Reports on military cantonments and civil stations in the Presidency of Bombay inspected by the Sanitary Commissioner in the years 1875 and 1876
Year: 1875
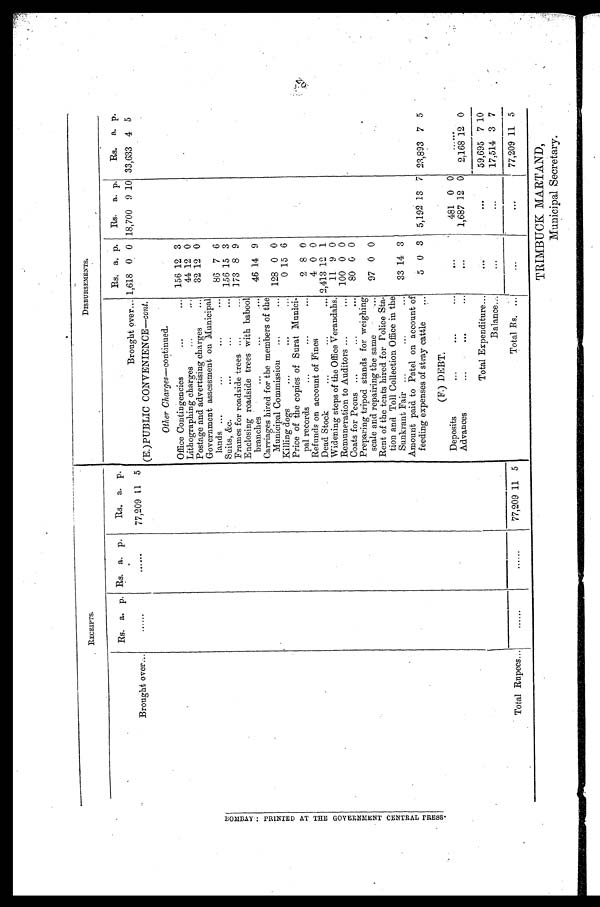
RECEIPTS.
DISBURSEMENTS.
Rs. a. p. Rs. a. p.
Rs. a. p.
Rs. a. p.
Rs.
a. p.
Rs. a. p.
Brought over...
. . . . . .
. . . . . .
77,209 11 5
Brought over... 1,618 0 0 18,700 9 10 33,633 4 5
(E)PUBLIC CONVENIENCE—cont.
Other Charges—continued.
Office Contingencies
...
... 156 12 3
Lithographing charges... ...
44 12 0
Postage and advertising charges
...
32 12 0
Government assessment on Municipal
lands ...
...
...
86 7 6
Suits, &c.
...
...
... 156 15 3
Frames for roadside trees ...
... 173 8 9
Enclosing roadside trees with babool
branches
... ... ... ...
46 14 9
Carriages hired for the members of the
Municipal Commission
. . .
128 0 0
Killing dogs
...
0 15 6
Price of the copies of Surat Munic
-
pal records...
...
2 8 0
Refunds on account of Fines
Dead Stock... ...
4
2,413
0
12
0
1
Widening steps of the Office Verandahs.
11 9 0
Remuneration to Auditors ...
...
100 0 0
Coats for Peons ...
80 0 0
Preparing tripod stands for weighing
scale and repairing the same
...
97 0 0
Rent of the tents hired for Police Sta-
tion and Toll Collection Office in the
Sunkrant Fair ...
33 14 3
Amount paid to Patel on account of
feeding expenses of stray cattle
5 0 3
5,192 13 7 22,893 7 5
(F.) DEBT.
Deposits
...
... ...
...
481 0 0
...
Advances
...
...
... ...
1,687
1 2 0
2,168 12 0
Total Expenditure...
...
...
59,695 7 10
Balance ... ...
...
17,514 3 7
Total Rupees...
. . . . . .
. . . . . .
77,209 11 5
Total Rs.
. . .
...
...
77,209 11 5
TRIMBUCK MARTAND,
Municipal Secretary.